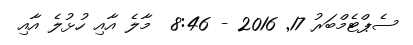
ސެޕްޓެމްބަރު 17